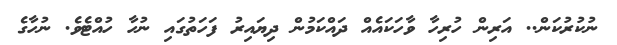
ނުކުރުކަން.. އަރިން ހުރިހާ ވާހަކައެއް ދައްކަމުން ދިޔައިރު ފަހަތުގައި ނުހާ ހުއްޓެވެ. ނުހާގެ